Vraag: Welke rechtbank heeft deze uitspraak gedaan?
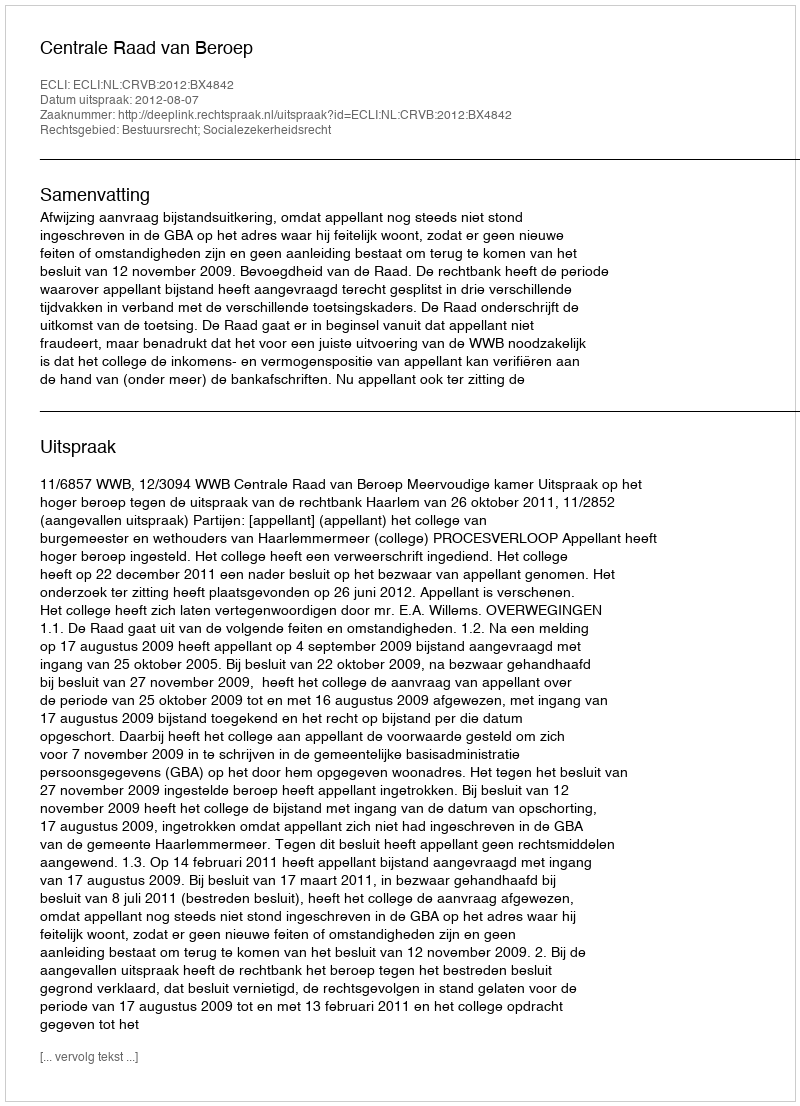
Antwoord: Centrale Raad van Beroep